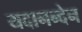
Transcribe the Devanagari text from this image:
यदानन्देन